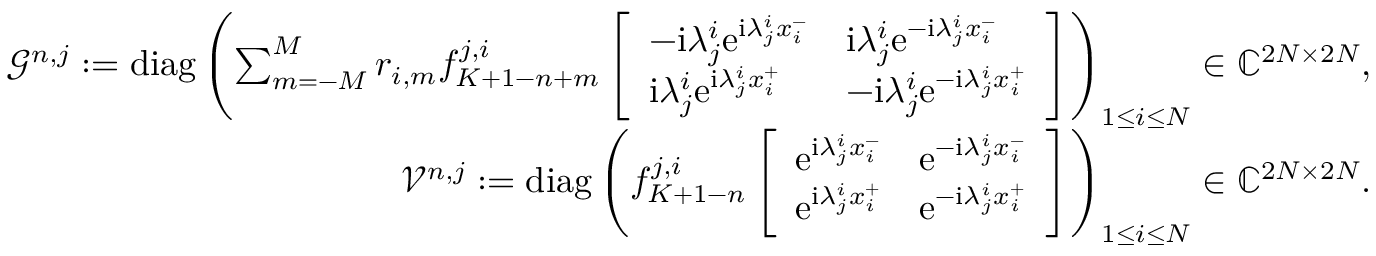
\begin{array} { r } { \mathcal { G } ^ { n , j } : = \mathrm { d i a g } \left( \sum _ { m = - M } ^ { M } r _ { i , m } f _ { K + 1 - n + m } ^ { j , i } \left[ \begin{array} { l l } { - \mathrm { i } \lambda _ { j } ^ { i } \mathrm { e } ^ { \mathrm { i } \lambda _ { j } ^ { i } x _ { i } ^ { - } } } & { \mathrm { i } \lambda _ { j } ^ { i } \mathrm { e } ^ { - \mathrm { i } \lambda _ { j } ^ { i } x _ { i } ^ { - } } } \\ { \mathrm { i } \lambda _ { j } ^ { i } \mathrm { e } ^ { \mathrm { i } \lambda _ { j } ^ { i } x _ { i } ^ { + } } } & { - \mathrm { i } \lambda _ { j } ^ { i } \mathrm { e } ^ { - \mathrm { i } \lambda _ { j } ^ { i } x _ { i } ^ { + } } } \end{array} \right] \right) _ { 1 \leq i \leq N } \in \mathbb { C } ^ { 2 N \times 2 N } , } \\ { \mathcal { V } ^ { n , j } : = \mathrm { d i a g } \left( f _ { K + 1 - n } ^ { j , i } \left[ \begin{array} { l l } { \mathrm { e } ^ { \mathrm { i } \lambda _ { j } ^ { i } x _ { i } ^ { - } } } & { \mathrm { e } ^ { - \mathrm { i } \lambda _ { j } ^ { i } x _ { i } ^ { - } } } \\ { \mathrm { e } ^ { \mathrm { i } \lambda _ { j } ^ { i } x _ { i } ^ { + } } } & { \mathrm { e } ^ { - \mathrm { i } \lambda _ { j } ^ { i } x _ { i } ^ { + } } } \end{array} \right] \right) _ { 1 \leq i \leq N } \in \mathbb { C } ^ { 2 N \times 2 N } . } \end{array}